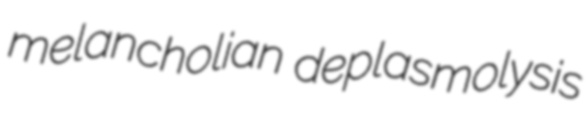
melancholian deplasmolysis